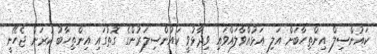
ކައުންސިލް އިންތިހާބަށް އަލި އަޅުއްވާލައްވައި ވިދާޅުވީ ކައުންސިލަރުންގެ ގޮތުގައި އިންތިހާބު ކުރަން ޖެހޭނީ